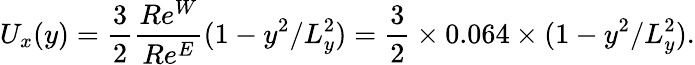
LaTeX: U_{x}(y)=\frac{3}{2}\frac{Re^{W}}{Re^{E}}(1-y^{2}/L_{y}^{2})=\frac{3}{2}\times 0.064\times(1-y^{2}/L_{y}^{2}).